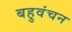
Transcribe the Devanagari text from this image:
बहुवंचन